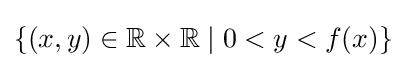
\{(x,y)\in \mathbb {R} \times \mathbb {R} \mid 0<y<f(x)\}